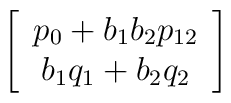
\left[\begin{array}{c} p_0+b_1b_2p_{12}\\b_1q_1+b_2q_2\end{array}\right]